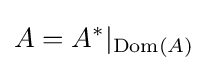
A=A^{*}|_{\operatorname {Dom} (A)}